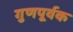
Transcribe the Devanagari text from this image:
गुणपूर्वक